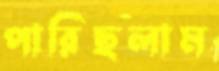
পারিছলাম